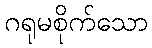
ဂရုမစိုက်သော